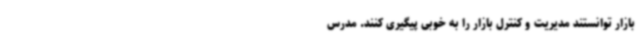
بازار توانستند مدیریت و کنترل بازار را به خوبی پیگیری کنند. مدرس